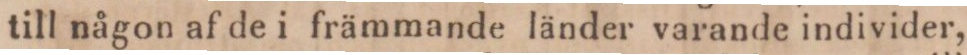
till någon af de i främmande länder varande individer,